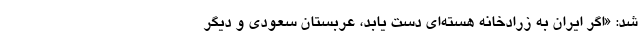
شد: «اگر ایران به زرادخانه هسته‌ای دست یابد، عربستان سعودی و دیگر